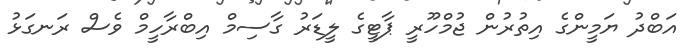
އަބްދު ޔަމީންގެ އިތުރުން ޖުމްހޫރީ ޕާޓީގެ ލީޑަރު ގާސިމް އިބްރާހީމް ވެސް ރަނގަޅު